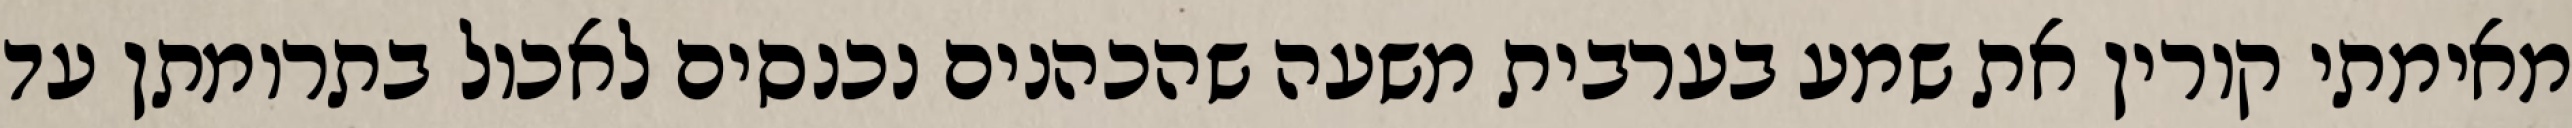
מאימתי קורין את שמע בערבית משעה שהכהנים נכנסים לאכול בתרומתן עד